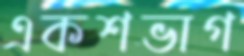
একশভাগ